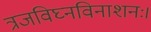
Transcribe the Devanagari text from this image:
त्रजविघ्नविनाशनः।